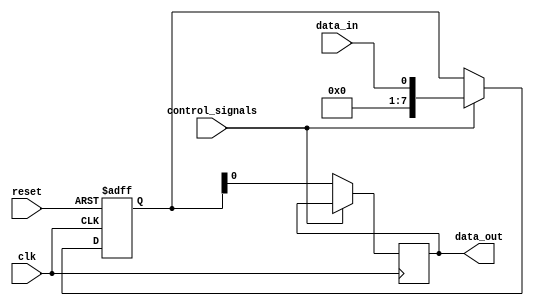
module dual_port_register (
    input clk,
    input reset,
    input data_in,
    input control_signals,
    output reg data_out
);

reg [7:0] internal_register;

always @(posedge clk or posedge reset) begin
    if (reset)
        internal_register <= 8'b0;
    else if (control_signals)
        internal_register <= data_in;
end

always @(posedge clk) begin
    if (!control_signals)
        data_out <= internal_register;
end

endmodule